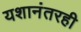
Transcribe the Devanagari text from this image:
यशानंतरही